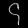
Digit: ၄